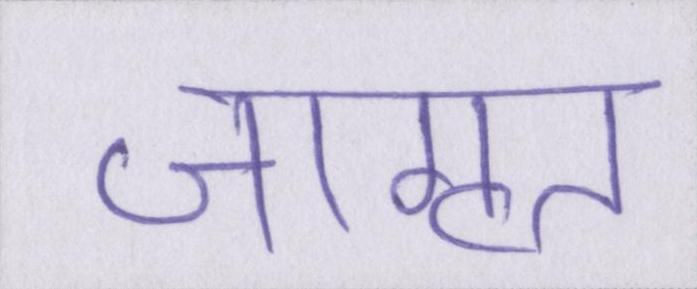
जागृत